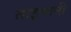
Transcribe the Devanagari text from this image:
ताइमानी